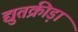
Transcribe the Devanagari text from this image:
द्युतक्रीड़ा